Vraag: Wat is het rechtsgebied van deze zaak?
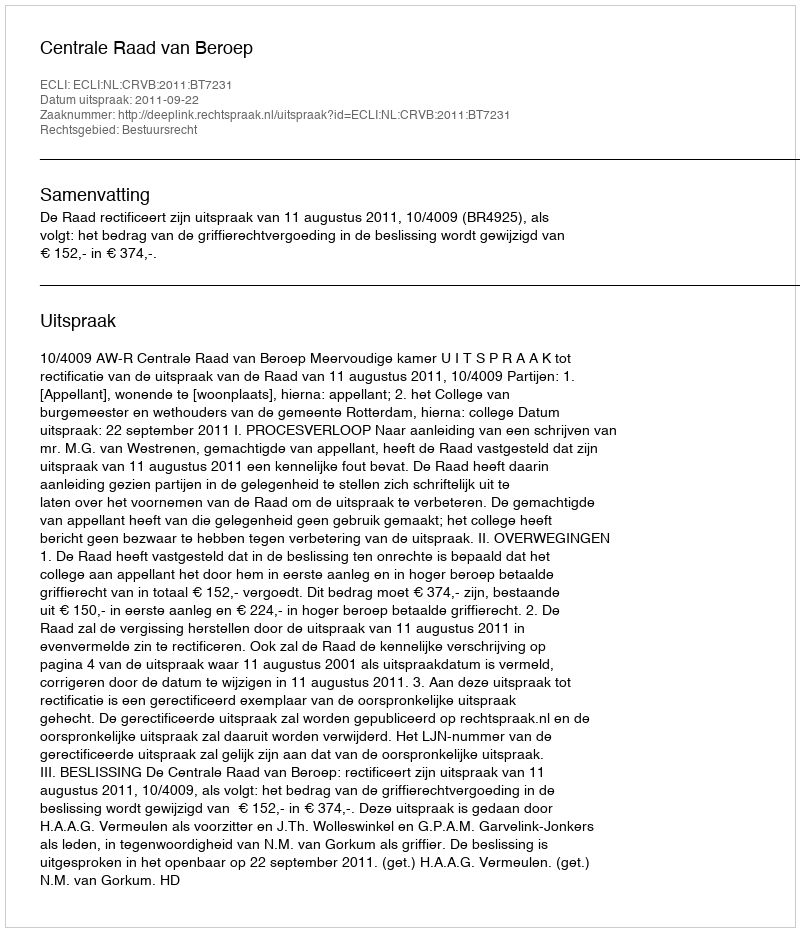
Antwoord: Bestuursrecht